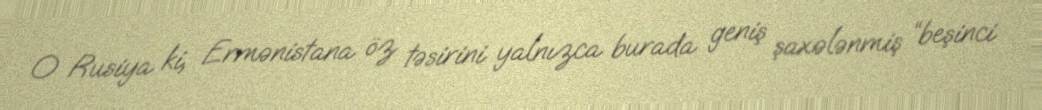
O Rusiya ki, Ermənistana öz təsirini yalnızca burada geniş şaxələnmiş “beşinci